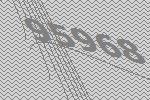
95968